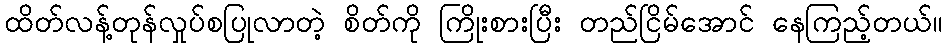
ထိတ်လန့်တုန်လှုပ်စပြုလာတဲ့ စိတ်ကို ကြိုးစားပြီး တည်ငြိမ်အောင် နေကြည့်တယ်။